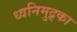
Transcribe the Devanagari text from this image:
ध्वनिमुद्र्का